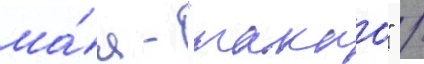
ма́я - "такао" /